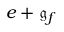
e + { \mathfrak { g } } _ { f }